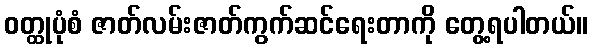
ဝတ္ထုပုံစံ ဇာတ်လမ်းဇာတ်ကွက်ဆင်ရေးတာကို တွေ့ရပါတယ်။